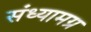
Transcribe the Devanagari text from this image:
संध्यामग्र